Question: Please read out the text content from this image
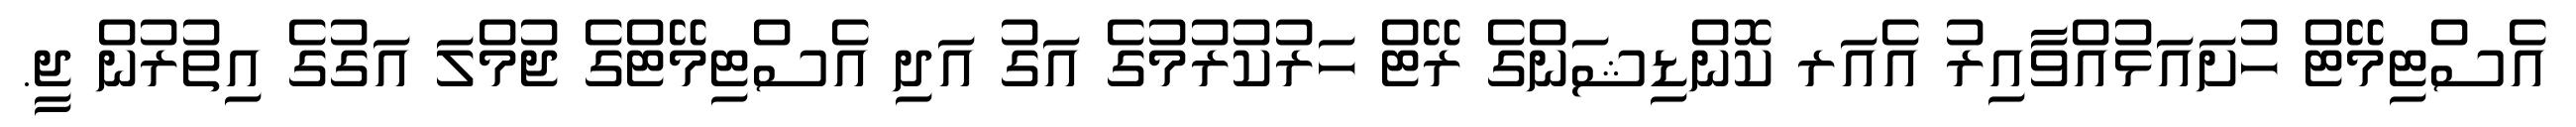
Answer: އެސްޓިމޭޓް ހުށައަޅުއްވާއިރު އެއަރ ކޮންޑިޝަންގެ ރޭޓް ހަރުކުރުމުގެ އަގު އަދި އެސްޓިމޭޓްގެ ޖުމްލަ އަގުގެ އިތުރުން ޖީ.